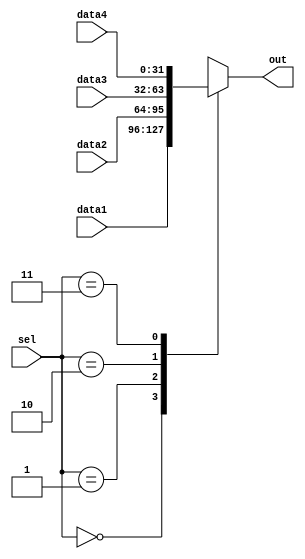
`timescale 1ns / 1ps
//////////////////////////////////////////////////////////////////////////////////
// Company: 
// Engineer: 
// 
// Design Name: 
// Module Name: MUX4
// Project Name: 
// Target Devices: 
// Tool Versions: 
// Description: 
// 
// Dependencies: 
// 
// Revision:
// Revision 0.01 - File Created
// Additional Comments:
// 
//////////////////////////////////////////////////////////////////////////////////


/*
    ================================   MUX4 module   ================================
    Author:         Wintermelon
    Last Edit:      2022.3.31

    This is a very simple 4-1 mux.
    case(signal)
        00 - data1
        01 - data2
        10 - data3
        11 - data4
*/

module MUX4
#(
    parameter DATA_WIDTH = 32           
)
(
    input [DATA_WIDTH-1 : 0] data1, data2, data3, data4,
    input [1:0] sel,
    output reg [DATA_WIDTH-1 : 0] out
);

    always @(*) begin
        case (sel)
            2'b00: out = data1;
            2'b01: out = data2;
            2'b10: out = data3;
            2'b11: out = data4;
        endcase
    end
endmodule